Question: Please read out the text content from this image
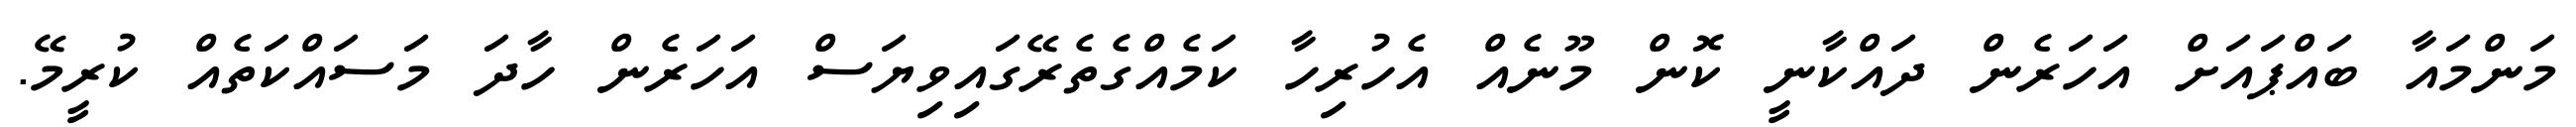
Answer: މަންމައާ ބައްޕައަށް އަހަރެން ދައްކާނީ ކޮން މޫނެއް އެހުރިހާ ކަމެއްގެތެރޭގައިވިޔަސް އަހަރެން ހާދަ މަސައްކަތެއް ކުރީމޭ.